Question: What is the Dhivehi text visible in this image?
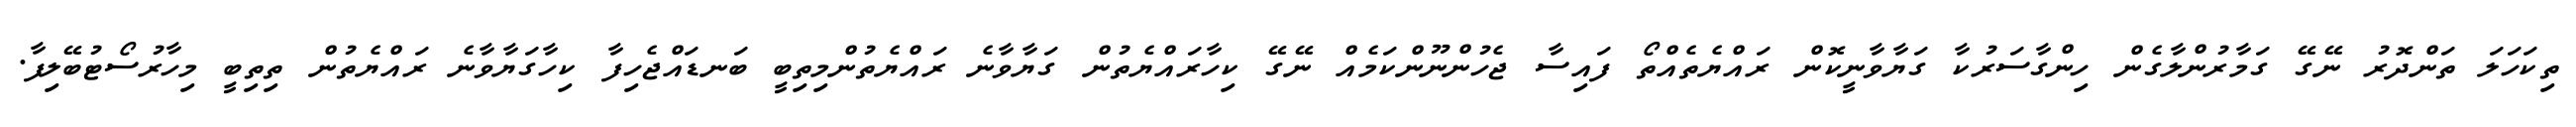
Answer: ތިކަހަލަ ތަންދޮރު ނޭގޭ ގަމާރުންލާގެން ހިންގާސަރުކާ ގަޔާވާނީކޮން ރައްޔެތެއްތޯ ފައިސާ ޖެހުންނޫންކަމެއް ނޭގޭ ކިހާރައްޔެތުން ގަޔާވާނެ ރައްޔެތުންމިތިބީ ބަނޑައްޖެހިފާ ކިހާގަޔާވާނެ ރައްޔެތުން ތިތިބީ މިހާރުސޯޓުބޭލިފާ.